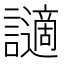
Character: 讁